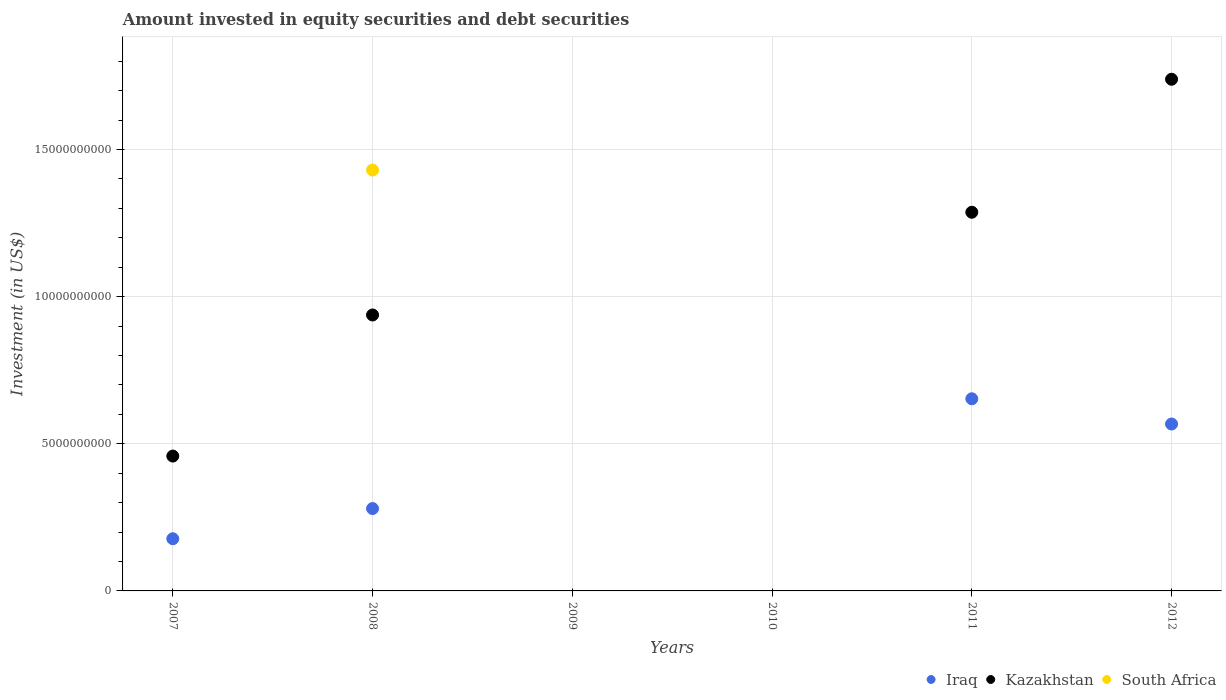
| Years | Iraq | Kazakhstan | South Africa |
 | --- | --- | --- | --- |
 | 2007 | 1.77e+09 | 4.58e+09 | -1.02e+10 |
 | 2008 | 2.8e+09 | 9.38e+09 | 1.43e+10 |
 | 2009 | -3.65e+09 | -3.09e+09 | -1.16e+10 |
 | 2010 | -7.84e+08 | -8.47e+09 | -9.77e+09 |
 | 2011 | 6.53e+09 | 1.29e+10 | -4.36e+09 |
 | 2012 | 5.67e+09 | 1.74e+10 | -1.01e+10 |